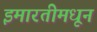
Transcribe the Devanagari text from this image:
इमारतीमधून